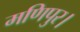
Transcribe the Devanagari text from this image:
मणिपुर।